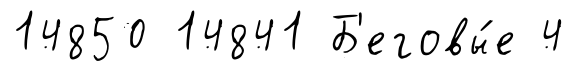
14850 14841 Б'еговы́е 4